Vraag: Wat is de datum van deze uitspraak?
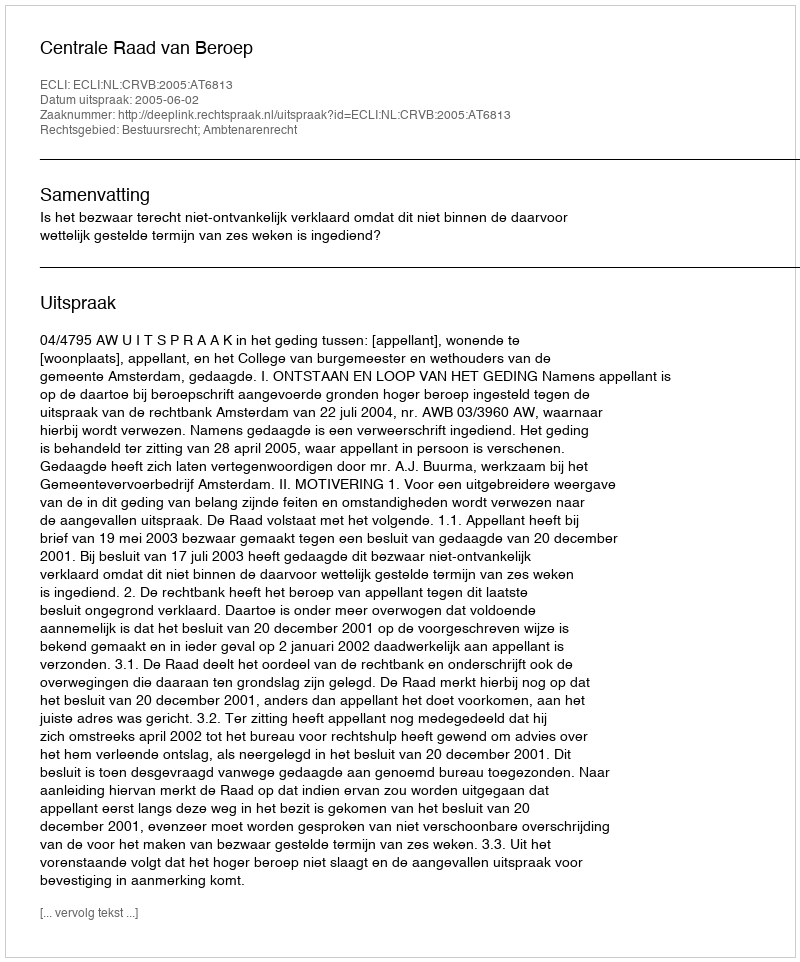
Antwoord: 2005-06-02